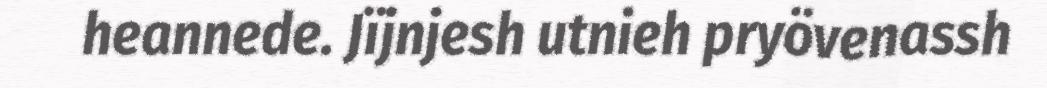
heannede. Jïjnjesh utnieh pryövenassh